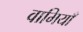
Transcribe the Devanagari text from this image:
वामियाँ